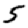
Digit: 5